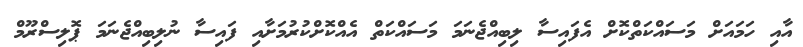
އާއި ހަމައަށް މަސައްކަތްކޮށް އެފައިސާ ލިބިއްޖެނަމަ މަސައްކަތް އެއްކޮށްކުރުމަށާއި ފައިސާ ނުލިބިއްޖެނަމަ ޕޮލިސްރޫމް